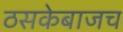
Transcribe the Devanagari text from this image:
ठसकेबाजच